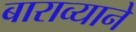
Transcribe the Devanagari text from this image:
बाराव्याने